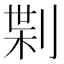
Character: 𠝝